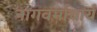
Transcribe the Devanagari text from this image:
नागवर्माचार्य